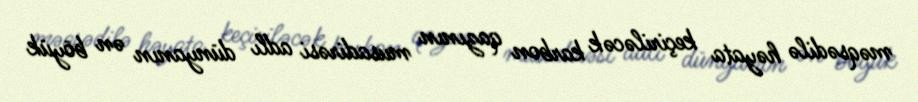
məqsədilə həyata keçiriləcək karbon qazının musadirəsi adlı dünyanın ən böyük